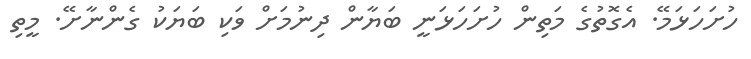
ހުށަހަޅަމޭ. އެގޮތުގެ މަތިން ހުށަހަޅަނީ ބަޔާން ދިނުމަށް ވަކި ބަޔަކު ގެންނާށޭ. މީތި